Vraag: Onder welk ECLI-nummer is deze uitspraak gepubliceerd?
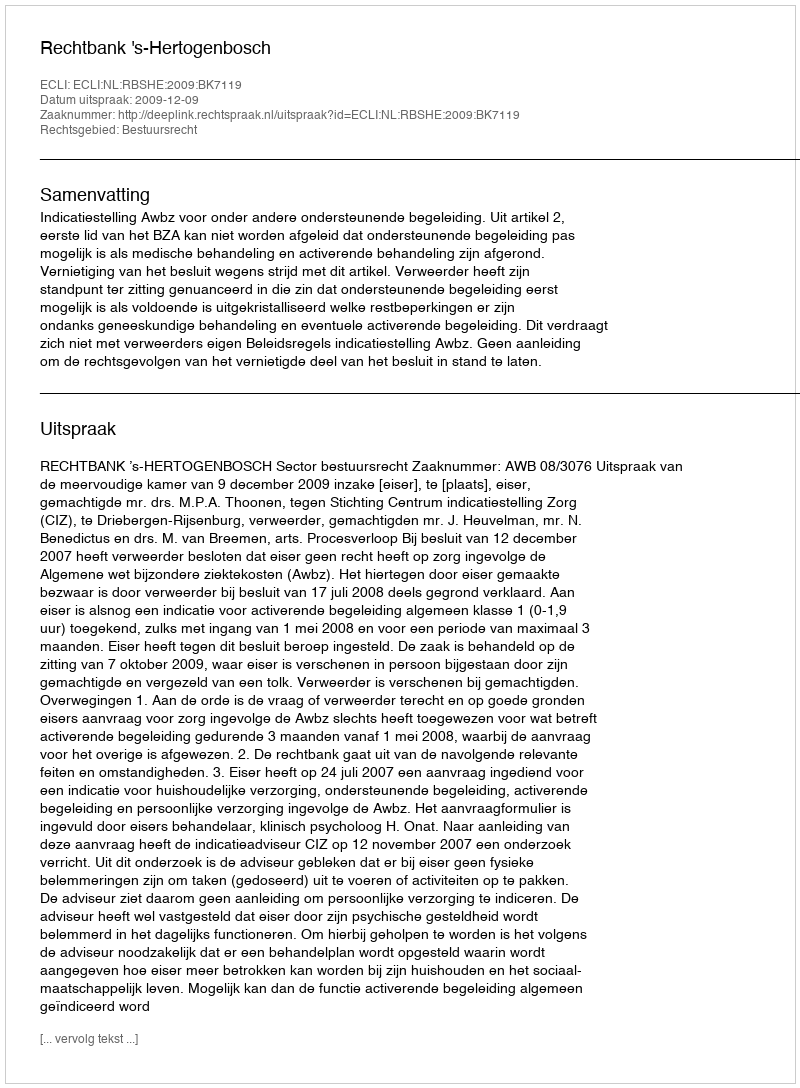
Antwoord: ECLI:NL:RBSHE:2009:BK7119